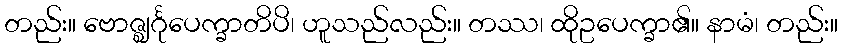
တည်း။ ဗောဇ္ဈင်္ဂုပေက္ခာတိပိ၊ ဟူသည်လည်း။ တဿ၊ ထိုဥပေက္ခာ၏။ နာမံ၊ တည်း။